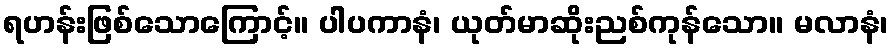
ရဟန်းဖြစ်သောကြောင့်။ ပါပကာနံ၊ ယုတ်မာဆိုးညစ်ကုန်သော။ မလာနံ၊